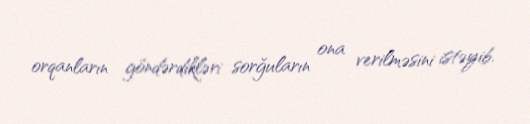
orqanların göndərdikləri sorğuların ona verilməsini istəyib.